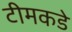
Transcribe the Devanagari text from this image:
टीमकडे